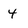
Character: 4